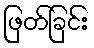
ဖြတ်ခြင်း